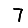
Digit: 7